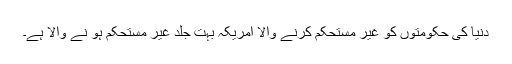
دنیا کی حکومتوں کو غیر مستحکم کرنے والا امریکہ بہت جلد غیر مستحکم ہو نے والا ہے۔